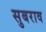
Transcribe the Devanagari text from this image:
सुबराव